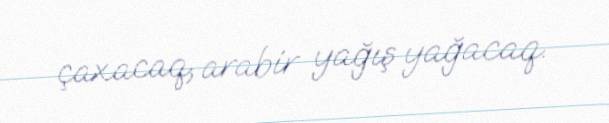
çaxacaq, arabir yağış yağacaq.